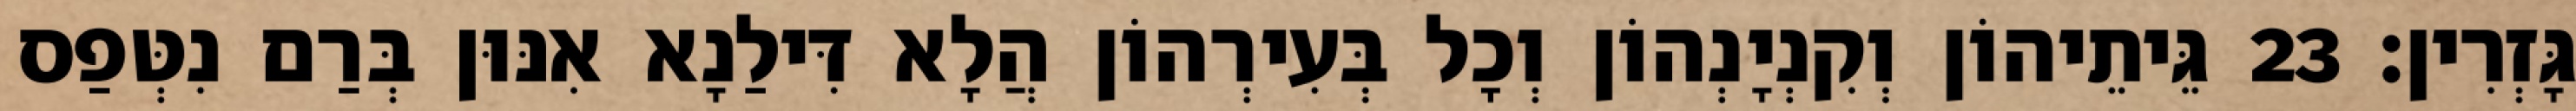
גָּזְרִין׃ 23 גֵּיתֵיהוֹן וְקִנְיָנְהוֹן וְכָל בְּעִירְהוֹן הֲלָא דִּילַנָא אִנּוּן בְּרַם נִטְּפַס